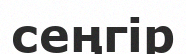
сеңгір